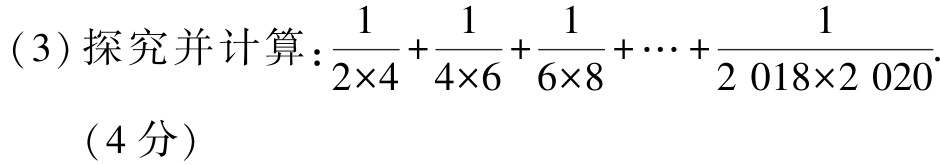
(3) 探究并计算：\(\frac{1}{2\times4}+\frac{1}{4\times6}+\frac{1}{6\times8}+\cdots+\frac{1}{2018\times2020}\).

（4分）